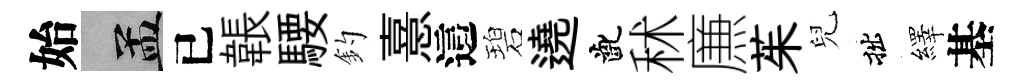
始汴已韔騕釣憙這碧遶齔秫㢘茱兒拙繹基